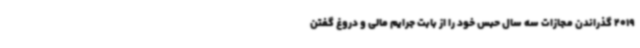
2019 گذراندن مجازات سه سال حبس خود را از بابت جرایم مالی و دروغ گفتن